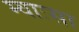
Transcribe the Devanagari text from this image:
म्वाःसा